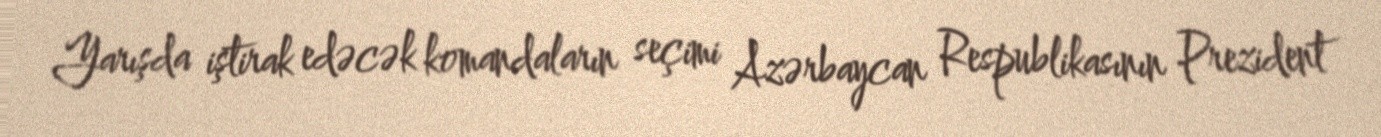
Yarışda iştirak edəcək komandaların seçimi Azərbaycan Respublikasının Prezident